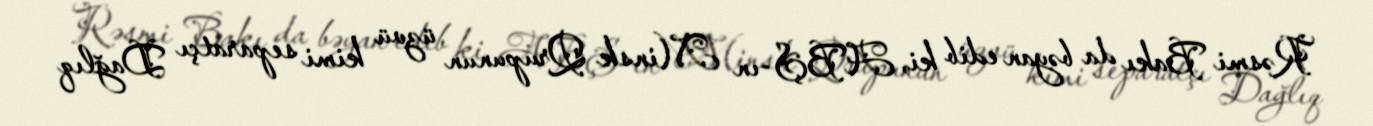
Rəsmi Bakı da bəyan edib ki, ABŞ-ın Minsk Qrupunun üzvü kimi separatçı Dağlıq